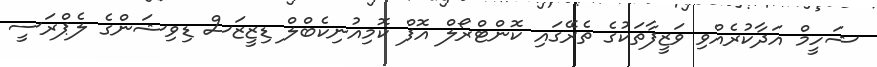
ޝަހީމް އަދާކުރެއްވި ވަޒީފާތަކުގެ ތެރޭގައި ކޮންޓްރޯލް އޮފް ކޮމިއުނިކެބްލް ޑިޒީޒަސް ޑިވިޝަންގެ ލެޕްރަސީ